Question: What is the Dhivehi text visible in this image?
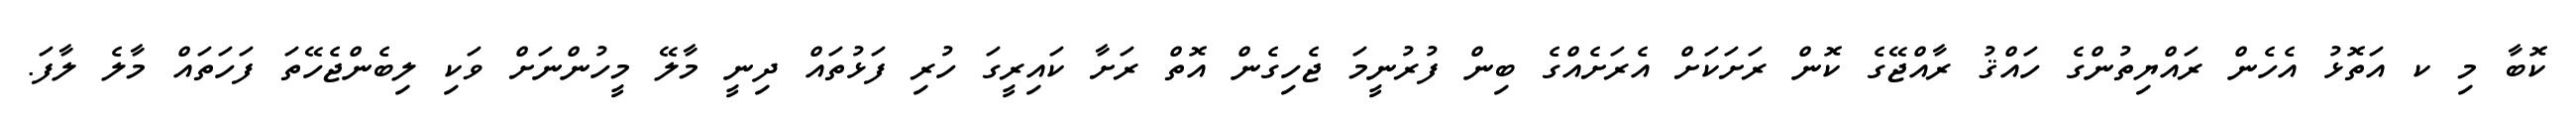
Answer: ކޮބާ މި ކ އަތޮޅު އެހެން ރައްޔިތުންގެ ހައްޤު ރާއްޖޭގެ ކޮން ރަށަކަށް އެރަށެއްގެ ބިން ފުރުނީމަ ޖެހިގެން އޮތް ރަށާ ކައިރީގަ ހުރި ފަޅުތައް ދިނީ މާލޭ މީހުންނަށް ވަކި ލިބެންޖެހޭތަ ފަހަތައް މާލެ ލާފަ.